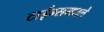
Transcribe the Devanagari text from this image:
टाईम्समधले